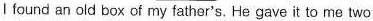
Ⅰ found an old box of my father's. Hegave it to me two